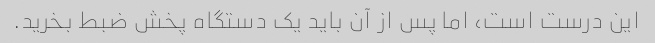
این درست است، اما پس از آن باید یک دستگاه پخش ضبط بخرید.